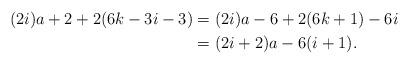
LaTeX: \begin{align*}(2i)a + 2 + 2 (6k-3i-3) & = (2i) a - 6 + 2 (6k+1) - 6 i \\& = (2i+2) a - 6 (i+1).\end{align*}